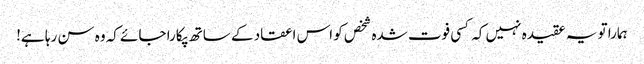
ہمارا تو یہ عقیدہ نہیں کہ کسی فوت شدہ شخص کو اس اعقاد کے ساتھ پکارا جائے کہ وہ سن رہا ہے!